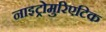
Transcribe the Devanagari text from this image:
नाइट्रोमुरिएटिक